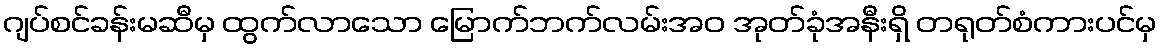
ဂျပ်စင်ခန်းမဆီမှ ထွက်လာသော မြောက်ဘက်လမ်းအဝ အုတ်ခုံအနီးရှိ တရုတ်စံကားပင်မှ